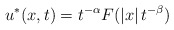
\begin{align*}u^*(x,t)= t^{-\alpha} F(|x|\,t^{-\beta})\end{align*}